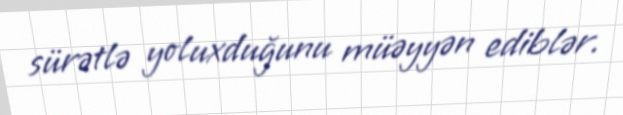
sürətlə yoluxduğunu müəyyən ediblər.